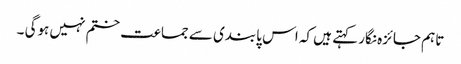
تاہم جائزہ نگار کہتے ہیں کہ اس پابندی سے جماعت ختم نہیں ہوگی ۔